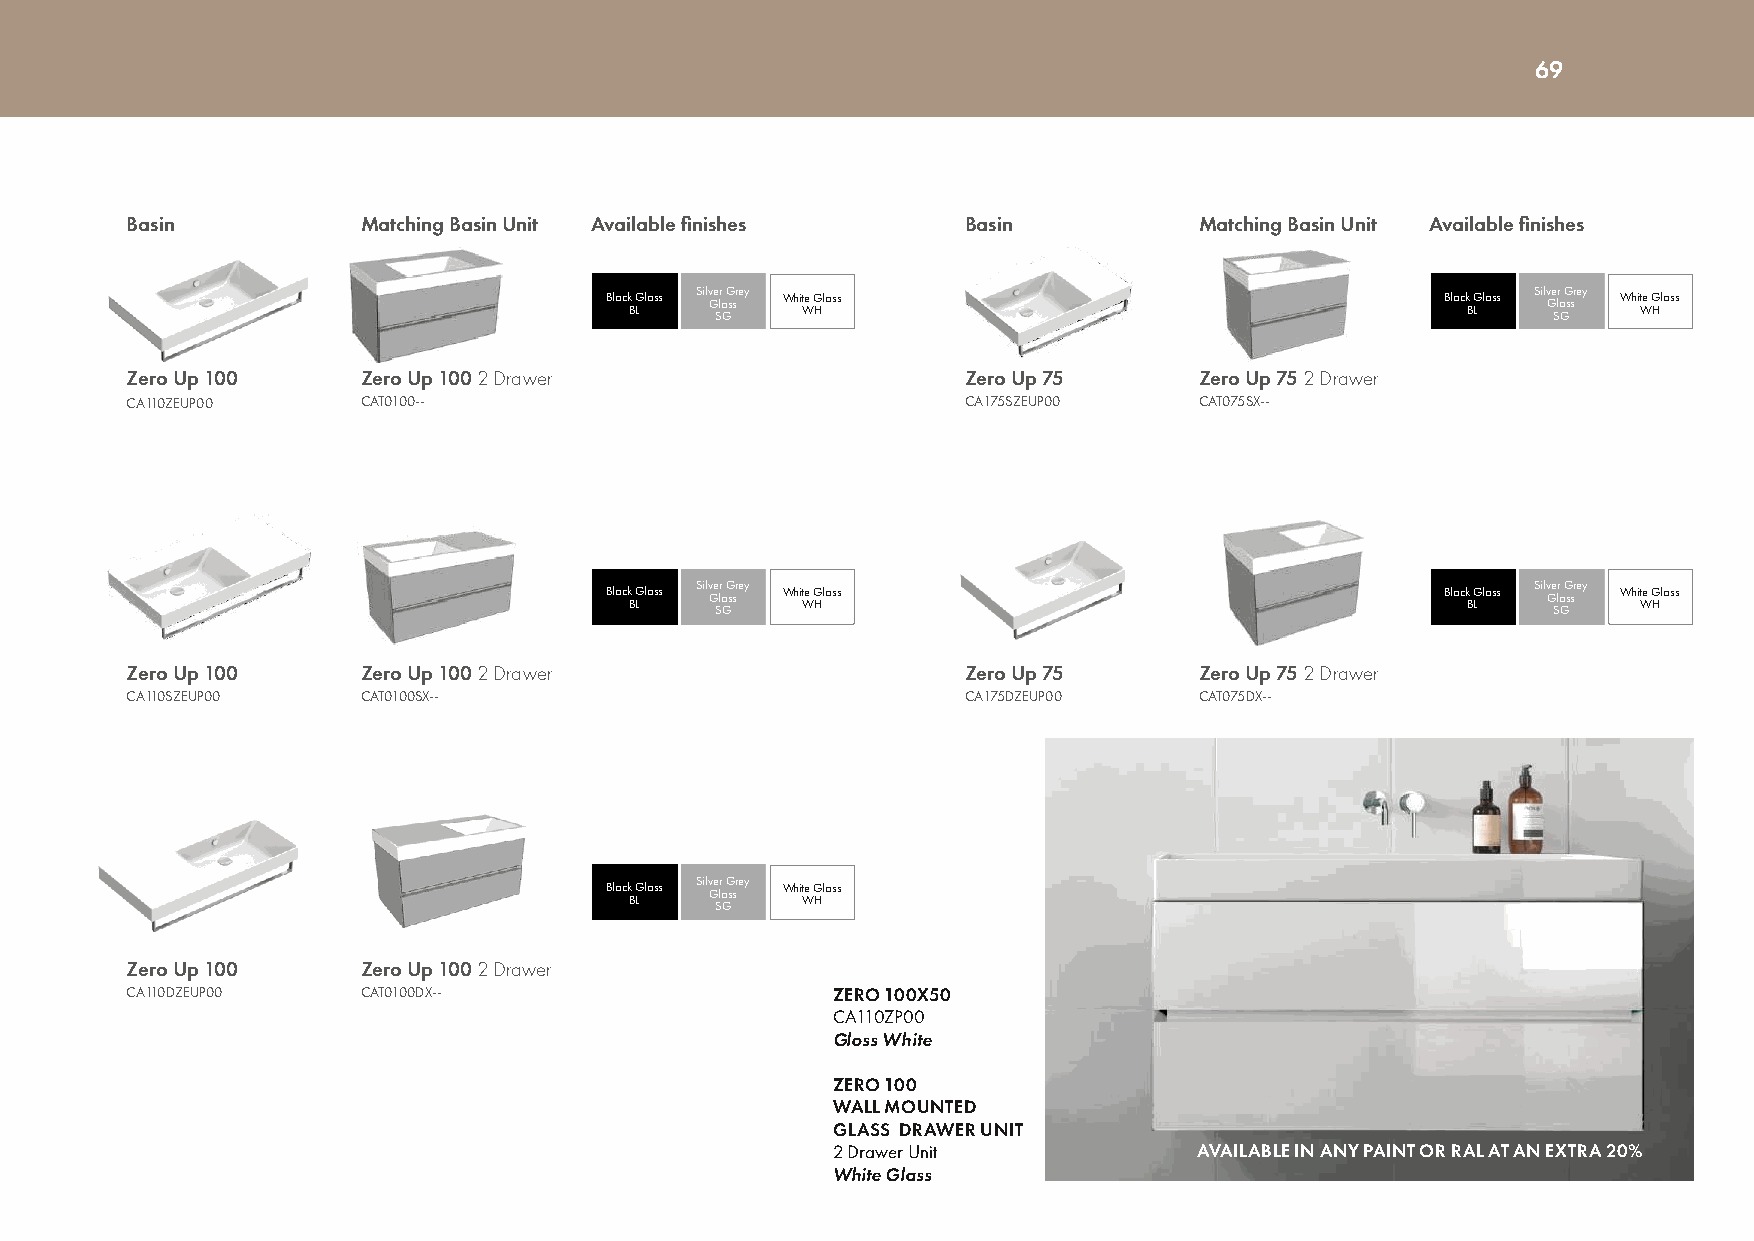
69
 Basin           Matching Basin Unit Available finishes  Basin          Matching Basin Unit Available finishes
 Black B G Llass Silv Ge Slr a G G ssr ey Whi Wte HGlass Black B G Llass Silv Ge Slr a G G ssr ey Whi Wte HGlass
 Zero Up 100     Zero Up 100 2 Drawer                    Zero Up 75     Zero Up 75 2 Drawer
 CA110ZEUP00     CAT0100--                               CA175SZEUP00   CAT075SX--
 Black B G Llass Silv Ge Slr a G G ssr ey Whi Wte HGlass Black B G Llass Silv Ge Slr a G G ssr ey Whi Wte HGlass
 Zero Up 100     Zero Up 100 2 Drawer                    Zero Up 75     Zero Up 75 2 Drawer
 CA110SZEUP00    CAT0100SX--                             CA175DZEUP00   CAT075DX--
 Black B G Llass Silv Ge Slr a G G ssr ey Whi Wte HGlass
 Zero Up 100     Zero Up 100 2 Drawer
 CA110DZEUP00    CAT0100DX--                    ZERO 100X50
 CA110ZP00
 Gloss White
 ZERO 100
 WALL MOUNTED
 GLASS DRAWER UNIT
 2 Drawer Unit           AVAILABLE IN ANY PAINT OR RAL AT AN EXTRA 20%
 White Glass